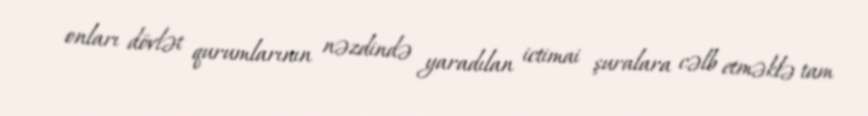
onları dövlət qurumlarının nəzdində yaradılan ictimai şuralara cəlb etməklə tam